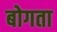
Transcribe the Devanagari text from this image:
बोगता